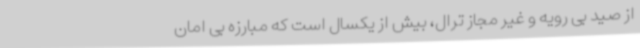
از صید بی رویه و غیر مجاز ترال، بیش از یکسال است که مبارزه بی امان